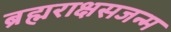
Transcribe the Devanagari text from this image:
ब्रह्मराक्षसजन्म